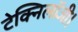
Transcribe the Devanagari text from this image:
टेक्निलॉजी।